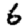
Digit: 6